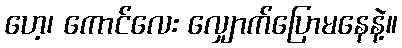
ဟေ့၊ ကောင်လေး လျှောက်ပြောမနေနဲ့။